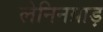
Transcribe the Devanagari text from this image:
लेनिनग्राड़